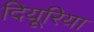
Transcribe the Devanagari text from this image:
दियूरिया